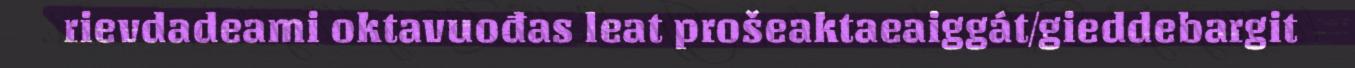
rievdadeami oktavuođas leat prošeaktaeaiggát/gieddebargit